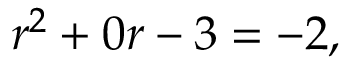
r ^ { 2 } + 0 r - 3 = - 2 ,